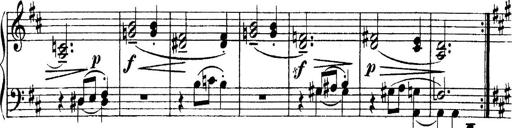
Title: 4 Sonatines
Composer: Max Reger